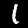
Label: 1